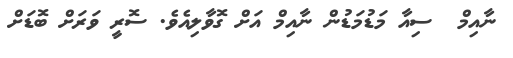
ނާއިމް  ސިއާ މަޑުމަޑުން ނާއިމް އަށް ގޮވާލިއެވެ. ސޮރީ ވަރަށް ބޮޑަށް